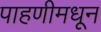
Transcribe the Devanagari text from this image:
पाहणीमधून